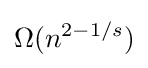
\Omega (n^{2-1/s})